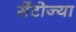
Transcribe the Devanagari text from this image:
सेंटोज्या